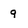
Character: 9